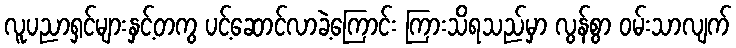
လူပညာရှင်များနှင့်တကွ ပင့်ဆောင်လာခဲ့ကြောင်း ကြားသိရသည်မှာ လွန်စွာ ဝမ်းသာလျက်